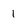
Character: 1